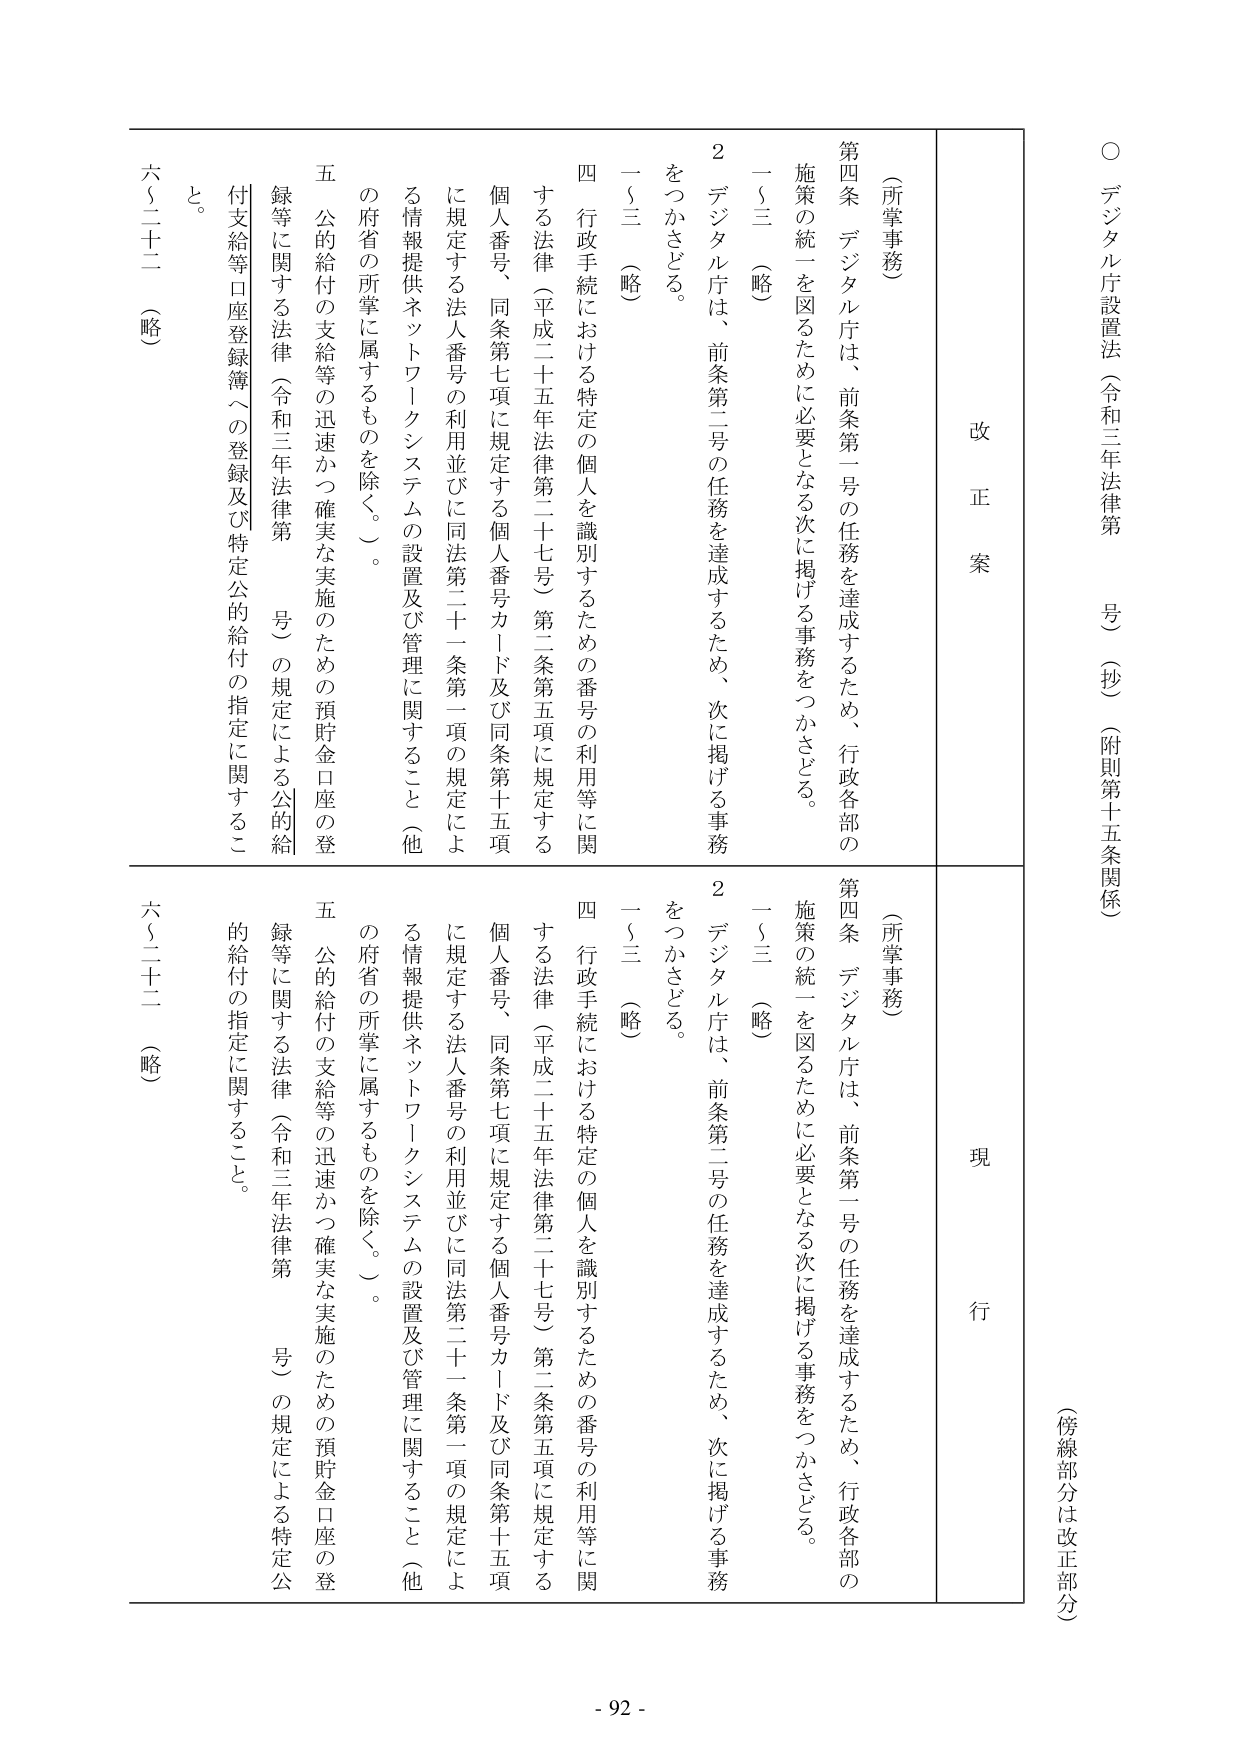
○ デジタル庁設置法（令和三年法律第　号）（抄）（附則第十五条関係）

（傍線部分は改正部分）

改正案

（所掌事務）

第四条 デジタル庁は、前条第一号の任務を達成するため、行政各部の施策の統一を図るために必要となる次に掲げる事務をつかさどる。

一～三（略）

２ デジタル庁は、前条第二号の任務を達成するため、次に掲げる事務をつかさどる。

一～三（略）

四 行政手続における特定の個人を識別するための番号の利用等に関する法律（平成二十五年法律第二十七号）第二条第五項に規定する個人番号、同条第七項に規定する個人番号カード及び同条第十五項に規定する法人番号の利用並びに同法第二十一条第一項の規定による情報提供ネットワークシステムの設置及び管理に関すること（他の府省の所掌に属するものを除く。）。

五 公的給付の支給等の迅速かつ確実な実施のための預貯金口座の登録等に関する法律（令和三年法律第　号）の規定による公的給付支給等口座登録簿への登録及び特定公的給付の指定に関すること。

六～二十二（略）

現行

（所掌事務）

第四条 デジタル庁は、前条第一号の任務を達成するため、行政各部の施策の統一を図るために必要となる次に掲げる事務をつかさどる。

一～三（略）

２ デジタル庁は、前条第二号の任務を達成するため、次に掲げる事務をつかさどる。

一～三（略）

四 行政手続における特定の個人を識別するための番号の利用等に関する法律（平成二十五年法律第二十七号）第二条第五項に規定する個人番号、同条第七項に規定する個人番号カード及び同条第十五項に規定する法人番号の利用並びに同法第二十一条第一項の規定による情報提供ネットワークシステムの設置及び管理に関すること（他の府省の所掌に属するものを除く。）。

五 公的給付の支給等の迅速かつ確実な実施のための預貯金口座の登録等に関する法律（令和三年法律第　号）の規定による特定公的給付の指定に関すること。

六～二十二（略）

- 92 -